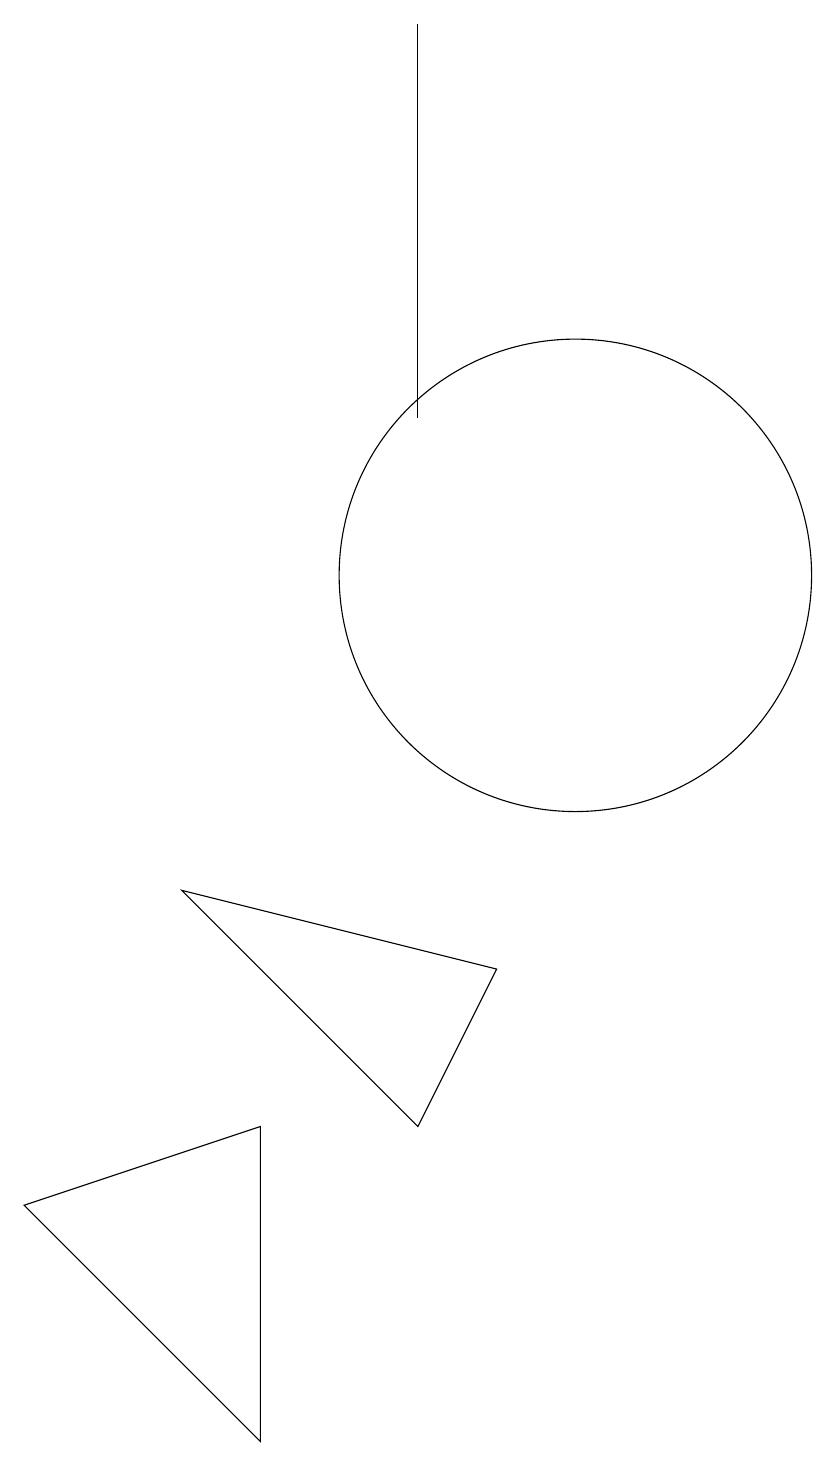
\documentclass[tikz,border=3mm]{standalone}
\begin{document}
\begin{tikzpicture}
\draw (9,7) -- (5,8) -- (8,5) -- cycle;
\draw (6,5) -- (3,4) -- (6,1) -- cycle;
\draw (8,19) rectangle (8,14);
\draw (10,12) circle (3);
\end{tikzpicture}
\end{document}